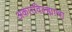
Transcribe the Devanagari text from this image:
अकारविल्ह्याचा